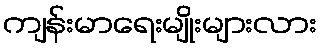
ကျန်းမာရေးမျိုးများလား